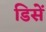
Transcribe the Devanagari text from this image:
डिसें